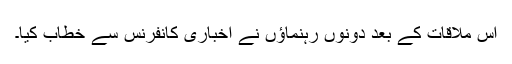
اس ملاقات کے بعد دونوں رہنماؤں نے اخباری کانفرنس سے خطاب کیا۔